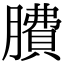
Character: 𦠻